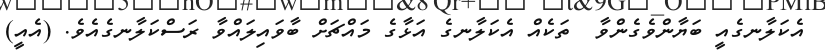
އެކަލާނގެއީ ބަޔާންވެގެންވާ  ތަކެއް އެކަލާނގެ އަޅާގެ މައްޗަށް ބާވައިލައްވާ ރަސްކަލާނގެއެވެ. (އެއީ)